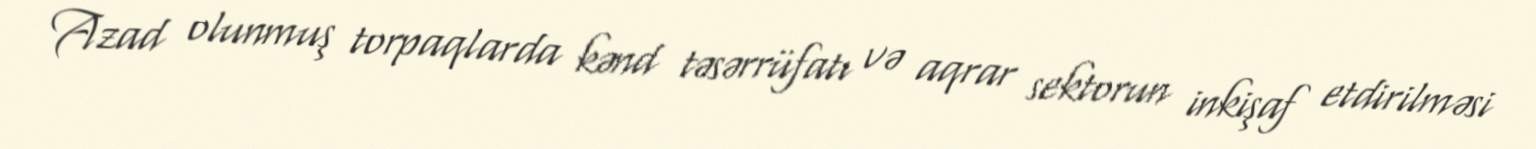
Azad olunmuş torpaqlarda kənd təsərrüfatı və aqrar sektorun inkişaf etdirilməsi